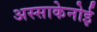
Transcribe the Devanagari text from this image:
अस्साकेनोई